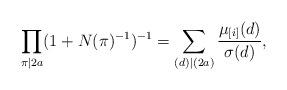
LaTeX: \begin{align*} \prod_{\pi | 2a}(1+N(\pi)^{-1})^{-1}=\sum_{(d) | (2a)}\frac {\mu_{[i]}(d)}{\sigma(d)},\end{align*}